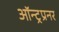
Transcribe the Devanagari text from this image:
ऑन्ट्रप्रनर